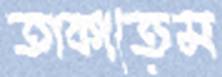
তাকাতেম